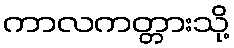
ကာလကတ္တားသို့